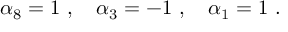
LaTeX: \alpha _ { 8 } = 1 \ , \ \ \ \alpha _ { 3 } = - 1 \ , \ \ \ \alpha _ { 1 } = 1 \ .